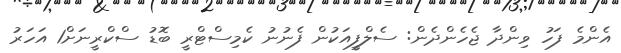
އެންމެ ފަހު ވިންދާ ޖެހެންދެން: ސެލްފީއަކުން ފެނުނު ކެމިސްޓްރީ ބޮޑު ސްކްރީނަށް1 އަހަރު